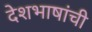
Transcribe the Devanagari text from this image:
देशभाषांची